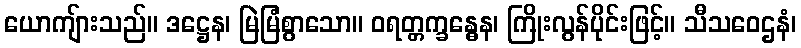
ယောကျ်ားသည်။ ဒဋ္ဌေန၊ မြဲမြံစွာသော။ ဝရတ္တက္ခန္ဓေန၊ ကြိုးလွန်ပိုင်းဖြင့်။ သီသဝေဌနံ၊